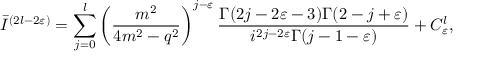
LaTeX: \bar { I } ^ { ( 2 l - 2 \varepsilon ) } = \sum _ { j = 0 } ^ { l } \left( \frac { m ^ { 2 } } { 4 m ^ { 2 } - q ^ { 2 } } \right) ^ { j - \varepsilon } \frac { \Gamma ( 2 j - 2 \varepsilon - 3 ) \Gamma ( 2 - j + \varepsilon ) } { i ^ { 2 j - 2 \varepsilon } \Gamma ( j - 1 - \varepsilon ) } + C _ { \varepsilon } ^ { l } ,